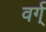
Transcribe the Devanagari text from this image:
वर्ग्